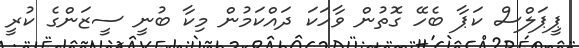
ޕީޕަލްސް ކަޕާ ބެހޭ ގޮތުން ވާހަކަ ދައްކަމުން މިކާ ބުނީ ސީޒަންގެ ކުރީ